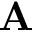
{ \bf A }